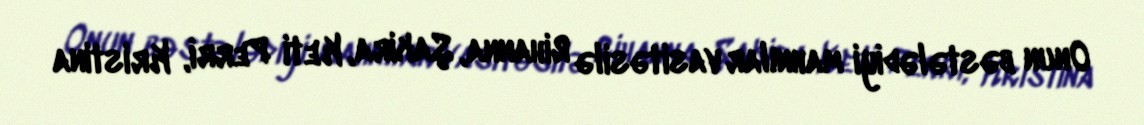
Onun bəstələdiyi mahnılar vasitəsilə Rihanna, Şakira, Keti Perri, Kristina